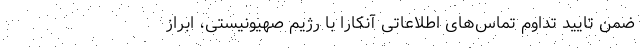
ضمن تایید تداوم تماس‌های اطلاعاتی آنکارا با رژیم صهیونیستی، ابراز